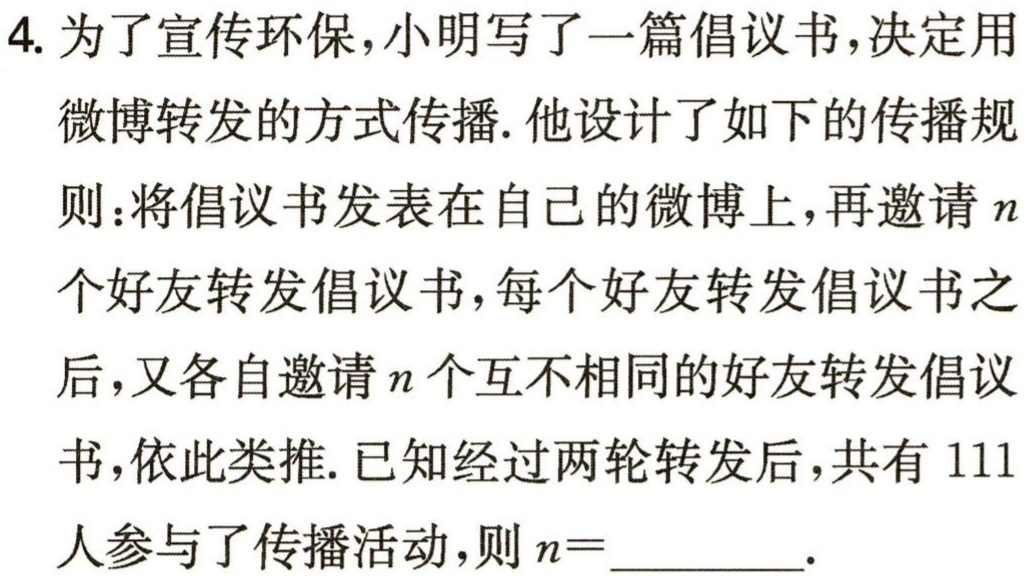
4. 为了宣传环保，小明写了一篇倡议书，决定用微博转发的方式传播. 他设计了如下的传播规则：将倡议书发表在自己的微博上，再邀请\(n\)个好友转发倡议书，每个好友转发倡议书之后，又各自邀请\(n\)个互不相同的好友转发倡议书，依此类推. 已知经过两轮转发后，共有\(111\)人参与了传播活动，则\(n = \_\_\_\_\_\_.\)